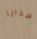
السحايا